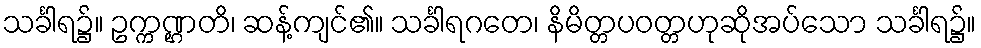
သင်္ခါရ၌။ ဥက္ကဏ္ဌတိ၊ ဆန့်ကျင်၏။ သင်္ခါရဂတေ၊ နိမိတ္တပဝတ္တဟုဆိုအပ်သော သင်္ခါရ၌။